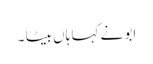
ابو نے کہا ہاں بیٹا ۔